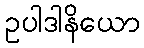
ဥပါဒါနိယော